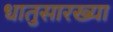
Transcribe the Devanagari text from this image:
धातुसारख्या